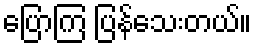
ပြောကြ ပြန်သေးတယ်။